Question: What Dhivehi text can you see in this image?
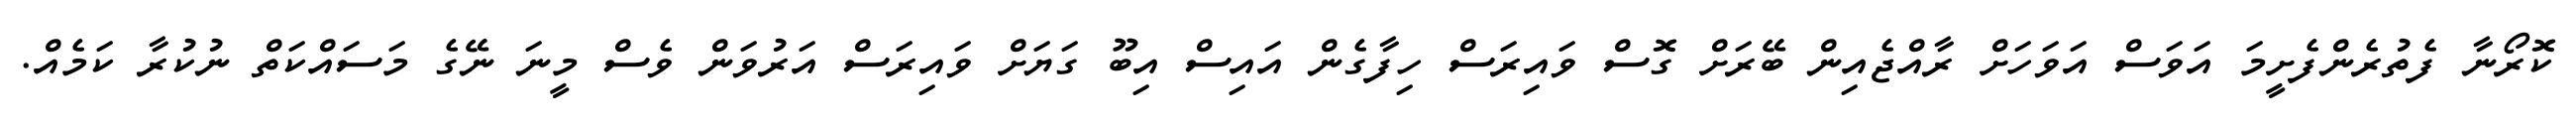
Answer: ކޮރޯނާ ފެތުރެންފެށީމަ އަވަސް އަވަހަށް ރާއްޖެއިން ބޭރަށް ގޮސް ވައިރަސް ހިފާގެން އައިސް އިބޫ ގަޔަށް ވައިރަސް އަރުވަން ވެސް މީނަ ނޭގެ މަސައްކަތް ނުކުރާ ކަމެއް.